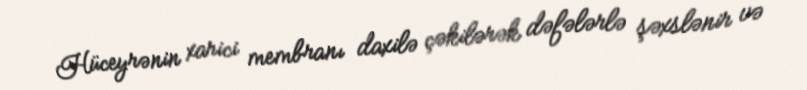
Hüceyrənin xarici membranı daxilə çəkilərək dəfələrlə şəxslənir və